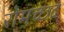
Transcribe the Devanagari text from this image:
रोमच्छद